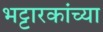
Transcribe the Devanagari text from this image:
भट्टारकांच्या